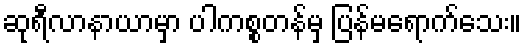
ဆုရီလာနာယာမှာ ပါကစ္စတန်မှ ပြန်မရောက်သေး။